Vital statistics of India. Vol. VI, European troops 1870-79
Year: 1870
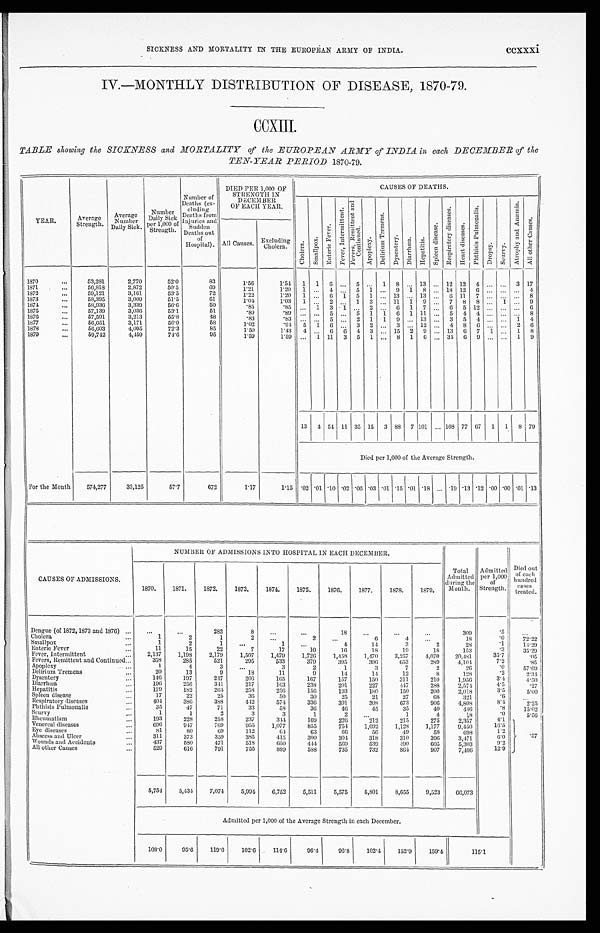
SICKNESS AND MORTALITY IN THE EUROPEAN ARMY OF INDIA.
CCXXXi
W.-MONTHLY DISTRIBUTION OF DISEASE, 1870-79.
CCXIII.
TABLE showing the SICKNESS and MORTALITY of the EUROPEAN ARMY of INDIA in each DECEMBER of the
TEN-YEAR PERIOD 1870-79.
YEAR..
Average.
Strength.
Average Number
D a i r y S i c k . .
Number
D a i r y S i c k
y
per 1,000 of
S t r e n g t h .
Number of
Deaths(ex- c l u d i n g
Deaths from
Injuries and '
• Sudden
Deaths out
of
Hospitals).
DIED PER 1,000 OF
STRENGTH IN
DECEMBER
OP EACH YEAR.
.
CAUSES OF DEATHS.
c h o l e r a .
Smallpox.
Enteric
Fever.
Fever,
Intermittent.
Fevers, Remittent and Continurd.
Apoplexy.
Delirium Tremens
D y s e n t e r y .
D i a r r h œ a
H e p i t i s .
Spleen disease.
Respiratory
diseases.
He a r t d i s e a s e s
P h t h i s i s
p u l m o n a l i s .
Dropy.
Scurvy.
A t r o p h y a n d A n æ m i a .
A l l o t h e r C a u s e s .
All Causes.
Excluding
Cholera.
1870
53,231
2,770
52.0
83
1 . 5 6
1.54 1
1
6
. . .
5
...
1
8 ... 13 ... 12 12
4 ... ...
3 17
1871
5 6 , 8 1 8
2,872
5 0 . 5
69
1.21
1 . 2 0 1
. . . . . . 4
...
5
1 1 . . . . . .
9
1
8 „. 18 12 6 ... ...........
. . . 4
1872
59,121
3,161
53.5
72
1.22
1.20
1 ....... 6
1
5
1 ,.. 13 ... 13 ...
6 11
7 ........ ......... . . . . . . .
8
1873
58,395
3,009
51.5
61
1.01
1.03
1 ...
2 ...
1
3 ... 11
1
9 ,..
7
8
8 ... ...
. . . 9
1874
58,936
3,339
56.6
50
.85
.85
1
3
1
2 ...
6
1
7 ..,
6
5 12 ... ... ...
6
1875
57,139
3,036
53.1
51
. 8 9
2 8 9 ...
...
5
"
5
1
1
6
1 11 ...
5
4
4 ... ...
...
8
1876.
57,591
3,213
55.8
48
83
.83
...
...
S
. . . 2
1
1
9 ... 13 ...
3
5
4 ... ...
1
4
1577
56,651
3,171
56.0
5S
1.62
.9 1
1
6
3
2 ...
3 ... 12 ...
4
8
6 ... ...
2
6
1878
56,603
4,095
72.3
85
1.50
1.43
...
6
...
0 4 3 ... 15
2
9 ... 13
6
7
1 ...
1
8
1879
For the Month
59,742
4,150
74.6
9 5
1.50
1.59 ...
1 11
3
5
1 ...
8
1
6 ... 31
6
9 ... ...
1
9
13
4 54 11 35 15
3 88
7 101
. . . 108 77 67
1
1
8 79
Died per 1,000 of the Average Strength.
574,277
33,125
57.7
672
1 . 1 7
1.15 .02 .01 .10 .02 .06 .03 .01 .15 .0l .18 ... .19 .13 .12 .00 .00 .01 .13
NUMBER OF ADMISSIONS INTO HOSPITAL IN A EACH DECEMBER.
Total Admitted
during the
Month..
Admitted per 1, 000
of
Strength..
Died out
of
each
hundred
Cases
treated.
CAUSES OF ADMISSIONS.
1870.
1871.
1872.
1873.
187-1.
1875.
1876.
1877.
1878.
1879.
Dengue (of 1872, 1873 and1876)
...
...
283
8
...
...
18
...
...
...
309
. 5
. . .
Cholera
1
2
1
2
...
2
...
6
4
...
18
. 0
72.22
Smallpox
1
2
1
...
1
...
1
14
3
2
28
.1
14.29
Enteric Fever
11
15
22
7
17
10
16
18
19
18
153
.3
35.29
Fever, Intermittent
2,137
1,198
2,171)
1,507
1,179
1,726
1,-158
1,470
3,257
4,070
20,481
35.7
.05 ,
Fevers, Remittent and Continued
358
285
521
295
533
371)
395
390
653
289
4,10 1
7.2
.85
Apoplexy
1
4
3
...
3
2
1
3
7
2
26
.0
57.69
Delirium Tremens
20
13
9
18
11
9
14
14
12
8
1.28
.21
2.31
Dysentery
1.40
197
2-17
206
165
167
157
150
311
210
1,956
3.4,1
4.50 I
Diarrhœa
190
250
341
217
163
238
201
227
.147
2 8 8
2,571
4.5
.27
Hepatitis
179
182
261
258
25)1
156
193
180
150
200
2,018
3.5 1
5'00 :
Spleen disease
1.7
22
25
36
50
30
25
21
27
68
321
. 6
...
Respiratory diseases
401
386
388
412
57)
336
391
308
673
906
4,808
8.4
2.25
Phthisis Pulmonalis
3 5
47
71
33
58
36
46
45
35
40
446
8.4
15'02
Scurvy
1
1
2
3
3
1
2
1
4
18
.0
5.56 i
Rheumatism
193
228
258
237
314
169
2 2 6
212
215
275
2,357
4.1
Venereal diseases
696
917
769
955
1,077
855
754
1,092
1,128
1,177
9,450
16 . 5
. 5 7
Eye diseases
81
80
69
112
61
63
66
B o
40
58
698
1.2
Abscess and Ulcer.
31 1
373
359
385
415
3o0
301
318
31.0
396
3,471
6:0
Wounds and Accidents
437
580
471
518
650
4 14
569
539
-190
605
5,303
9 2
All other Causes
529
610
791
755
889
558
735
732
861
907
7,406
12.9
5,754
5,4-34
7,074
5,994
6,752
5,511
5,575
5,801
8,655
9,523
66,073
Admitted per 1,000 of the Average Strength in each December.
108.0
95.6
119.6
102.6
114.6
96.1
96.8
102.4
152.9
159.4
115.1